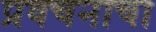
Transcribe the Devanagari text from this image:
प्रवचनाचा